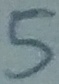
Text: 5